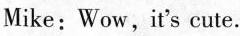
Mike:Wow, it's cute.